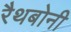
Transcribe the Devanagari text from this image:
रैथबोनी